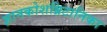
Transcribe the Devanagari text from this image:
ज्ञानकोशब्रिटानिका